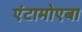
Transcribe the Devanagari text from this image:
एंटामोएबा